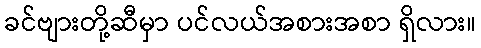
ခင်ဗျားတို့ဆီမှာ ပင်လယ်အစားအစာ ရှိလား။